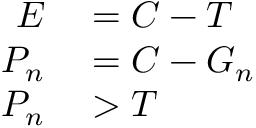
\begin{array} { r l } { E } & { { } { } = C - T } \\ { P _ { n } } & { { } { } = C - G _ { n } } \\ { P _ { n } } & { { } { } > T } \end{array}